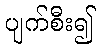
ပျက်စီး၍